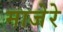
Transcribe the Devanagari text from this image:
माजेरे